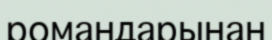
романдарынан